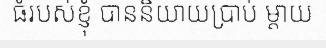
ធំរបស់ខ្ញុំ បាននិយាយប្រាប់ ម្តាយ